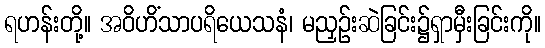
ရဟန်းတို့။ အဝိဟိံသာပရိယေသနံ၊ မညှဉ်းဆဲခြင်း၌ရှာမှီးခြင်းကို။